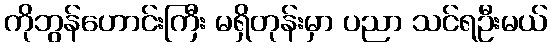
ကိုဘွန်ဟောင်းကြီး မရှိတုန်းမှာ ပညာ သင်ရဦးမယ်